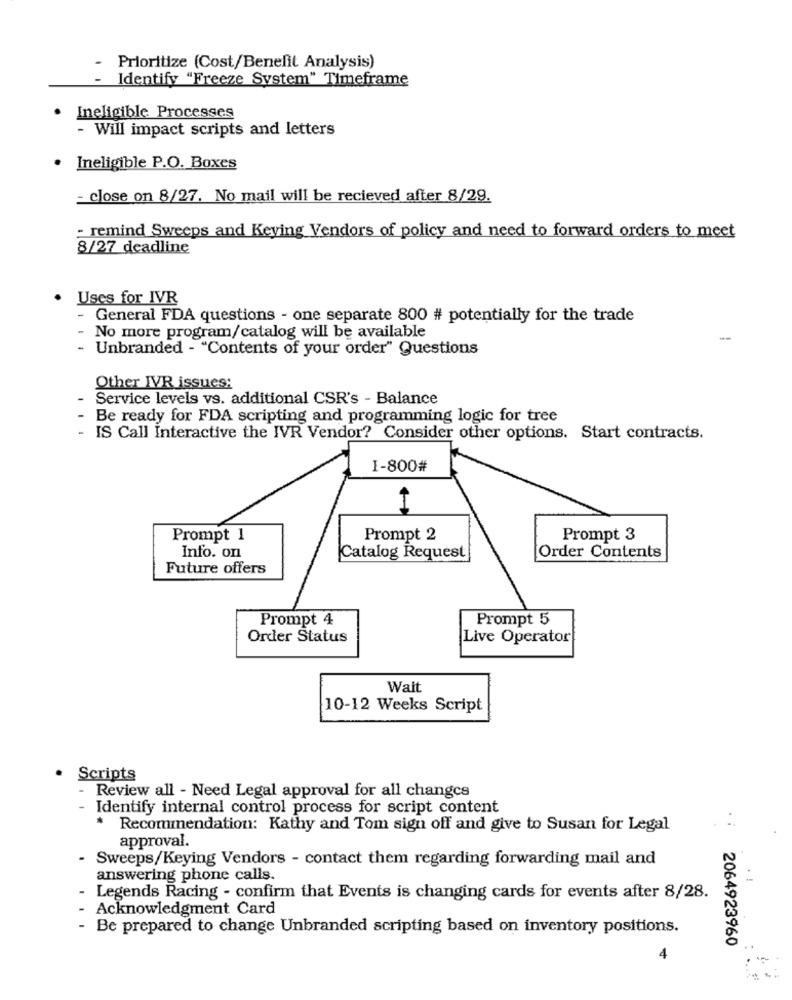
- Prioritize (Cost/Benefit Analysis)
Identify "Freeze System" Timeframe
Ineligible Processes
- Will impact scripts and letters
Ineligible P.O. Boxes
- close on 8/27. No mail will be recieved after 8/29.
- remind Sweeps and Keying Vendors of policy and need to forward orders to meet
8/27 deadline
Uses for IVR
- General FDA questions - one separate 800 # potentially for the trade
No more program/catalog will be available
-
- Unbranded - "Contents of your order" Questions
Other IVR issues:
Service levels vs. additional CSR's - Balance
Be ready for FDA scripting and programming logic for tree
IS Call Interactive the IVR Vendor? Consider other options. Start contracts.
I-800#
Prompt 1
Prompt 2
Prompt 3
Info. on
Catalog Request
Order Contents
Future offers
Prompt 4
Prompt 5
Order Status
Live Operator
Wait
10-12 Weeks Script
Scripts
Review all - Need Legal approval for all changes
- Identify internal control process for script content
* Recommendation: Kathy and Tom sign off and give to Susan for Legal
approval.
- Sweeps/Keying Vendors - contact them regarding forwarding mail and
answering phone calls.
. !
Legends Racing - confirm that Events is changing cards for events after 8/28.
Acknowledgment Card
- Be prepared to change Unbranded scripting based on inventory positions.
2064923960